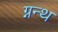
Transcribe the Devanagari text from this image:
ग्नन्थ